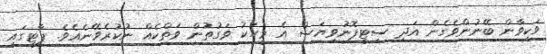
ވަކިވާން ބޭނުންވެގެން އަދި ސިޓީފޮނުވިޔަސް އެ މީހަކު ވަގުތުން ވަތްކެއް ނުކުރެވޭނެއެވެ. ޕާޓީގައި